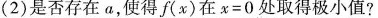
(2)是否存在a，使得f(x)在x=0处取得极小值?